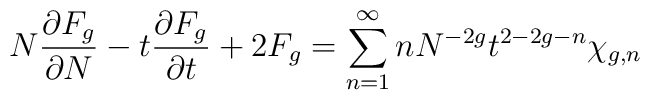
N {\partial F_g \over \partial N} - t {\partial F_g \over \partial t}  + 2 F_g=\sum_{n=1}^{\infty} n N^{- 2 g } t^{2 - 2 g - n}  \chi_{g,n}